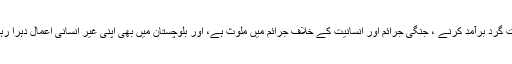
ایک ایسی ریاست جو پوری دنیا میں دہشت گرد برآمد کرنے ، جنگی جرائم اور انسانیت کے خلاف جرائم میں ملوث ہے، اور بلوچستان میں بھی اپنی غیر انسانی اعمال دُہرا رہا ہیکا ساتھ دینا انسانیت کے برخلاف ہے۔